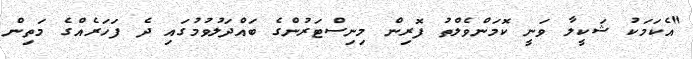
"އެކަމަކު ޝަކީލާ ވަނީ ކޮމަންވެލްތު ފޮރިން މިނިސްޓަރުންގެ ބައްދަލުވުމުގައި ދެ ފަހަރެއްގެ މަތިން